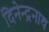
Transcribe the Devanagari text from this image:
दिनेन्द्रनाथ